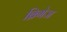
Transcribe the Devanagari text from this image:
ब्रिगेज